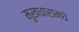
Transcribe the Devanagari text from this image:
मुखधारामधे